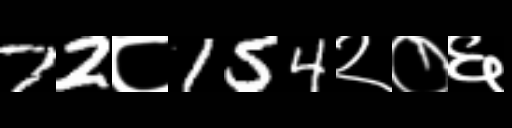
Text: 72८154२०६